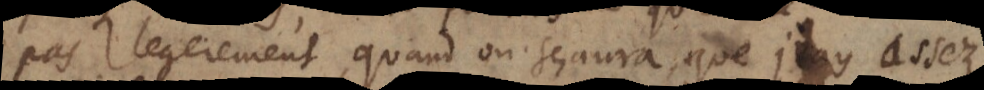
pas legerement, quand on sçaura, que j’ay assez